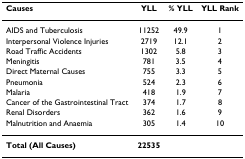
<table><thead><tr><td><b>Causes</b></td><td><b>YLL</b></td><td><b>% YLL</b></td><td><b>YLL Rank</b></td></tr></thead><tbody><tr><td>AIDS and Tuberculosis</td><td>11252</td><td>49.9</td><td>1</td></tr><tr><td>Interpersonal Violence Injuries</td><td>2719</td><td>12.1</td><td>2</td></tr><tr><td>Road Traffic Accidents</td><td>1302</td><td>5.8</td><td>3</td></tr><tr><td>Meningitis</td><td>781</td><td>3.5</td><td>4</td></tr><tr><td>Direct Maternal Causes</td><td>755</td><td>3.3</td><td>5</td></tr><tr><td>Pneumonia</td><td>524</td><td>2.3</td><td>6</td></tr><tr><td>Malaria</td><td>418</td><td>1.9</td><td>7</td></tr><tr><td>Cancer of the Gastrointestinal Tract</td><td>374</td><td>1.7</td><td>8</td></tr><tr><td>Renal Disorders</td><td>362</td><td>1.6</td><td>9</td></tr><tr><td>Malnutrition and Anaemia</td><td>305</td><td>1.4</td><td>10</td></tr><tr><td><b>Total (All Causes)</b></td><td><b>22535</b></td><td></td><td></td></tr></tbody></table>